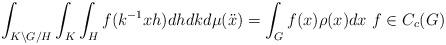
LaTeX: \begin{align*}\int_{K \backslash G /H}\int_K\int_H f(k^{-1} x h) dh dk d\mu(\ddot{x}) =\int_G f(x) \rho(x) dx \ f\in C_c(G)\end{align*}